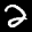
Label: 2